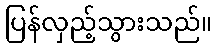
ပြန်လှည့်သွားသည်။